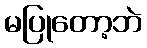
မပြုတော့ဘဲ